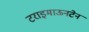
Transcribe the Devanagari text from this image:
टराइमाऊनटेन